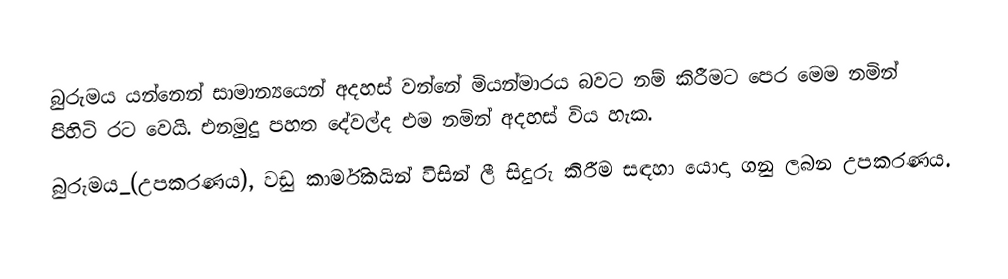
බුරුමය යන්නෙන් සාමාන්‍යයෙන් අදහස් වන්නේ මියන්මාරය බවට නම් කිරීමට පෙර මෙම නමින් පිහිටි රට වෙයි. එනමුදු පහත දේවල්ද එම නමින් අදහස් විය හැක.
 බුරුමය_(උපකරණය), වඩු කාර්මිකයින් විසින් ලී සිදුරු කිරීම සඳහා යොදා ගනු ලබන උපකරණය.